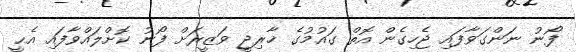
ފޯނު ނަންގަވާފައި ޖެހިގެން އޮތް ގައުމުގެ ޚާރިޖީ ވަޒީރަށް ފޯނު ކޮށްލައްވާފައި އެޙީ